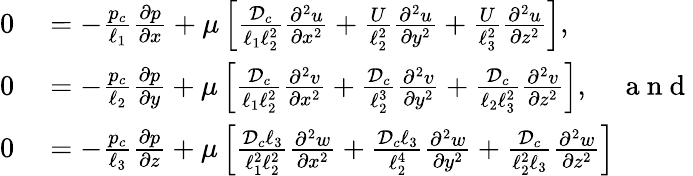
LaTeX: \begin{array}{rl}{0}&{{}=-\frac{p_{c}}{\ell_{1}}\frac{\partial p}{\partial x}+\mu\left[\frac{{\mathcal{D}}_{c}}{\ell_{1}\ell_{2}^{2}}\frac{\partial^{2}u}{\partial x^{2}}+\frac{U}{\ell_{2}^{2}}\frac{\partial^{2}u}{\partial y^{2}}+\frac{U}{\ell_{3}^{2}}\frac{\partial^{2}u}{\partial z^{2}}\right],}\\ {0}&{{}=-\frac{p_{c}}{\ell_{2}}\frac{\partial p}{\partial y}+\mu\left[\frac{{\mathcal{D}}_{c}}{\ell_{1}\ell_{2}^{2}}\frac{\partial^{2}v}{\partial x^{2}}+\frac{{\mathcal{D}}_{c}}{\ell_{2}^{3}}\frac{\partial^{2}v}{\partial y^{2}}+\frac{{\mathcal{D}}_{c}}{\ell_{2}\ell_{3}^{2}}\frac{\partial^{2}v}{\partial z^{2}}\right],\quad\mathrm{~a~n~d~}}\\ {0}&{{}=-\frac{p_{c}}{\ell_{3}}\frac{\partial p}{\partial z}+\mu\left[\frac{{\mathcal{D}}_{c}\ell_{3}}{\ell_{1}^{2}\ell_{2}^{2}}\frac{\partial^{2}w}{\partial x^{2}}+\frac{{\mathcal{D}}_{c}\ell_{3}}{\ell_{2}^{4}}\frac{\partial^{2}w}{\partial y^{2}}+\frac{{\mathcal{D}}_{c}}{\ell_{2}^{2}\ell_{3}}\frac{\partial^{2}w}{\partial z^{2}}\right]}\end{array}